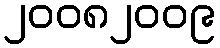
၂၀၀၈၂၀၀၉